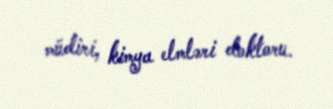
müdiri, kimya elmləri doktoru.